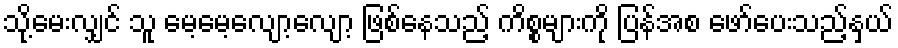
သို့မေးလျှင် သူ မေ့မေ့လျော့လျော့ ဖြစ်နေသည့် ကိစ္စများကို ပြန်အစ ဖော်ပေးသည့်နှယ်